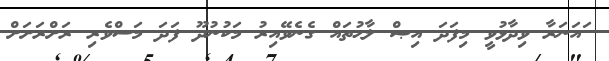
ައަނަރާ ވިދާޅުވީ މިފަދަ އިޞް ލާޙުތައް ގެނެވޭއިރު މަކުނުދޫ ފަދަ މަސްވެރި ރަށްރަށަށް